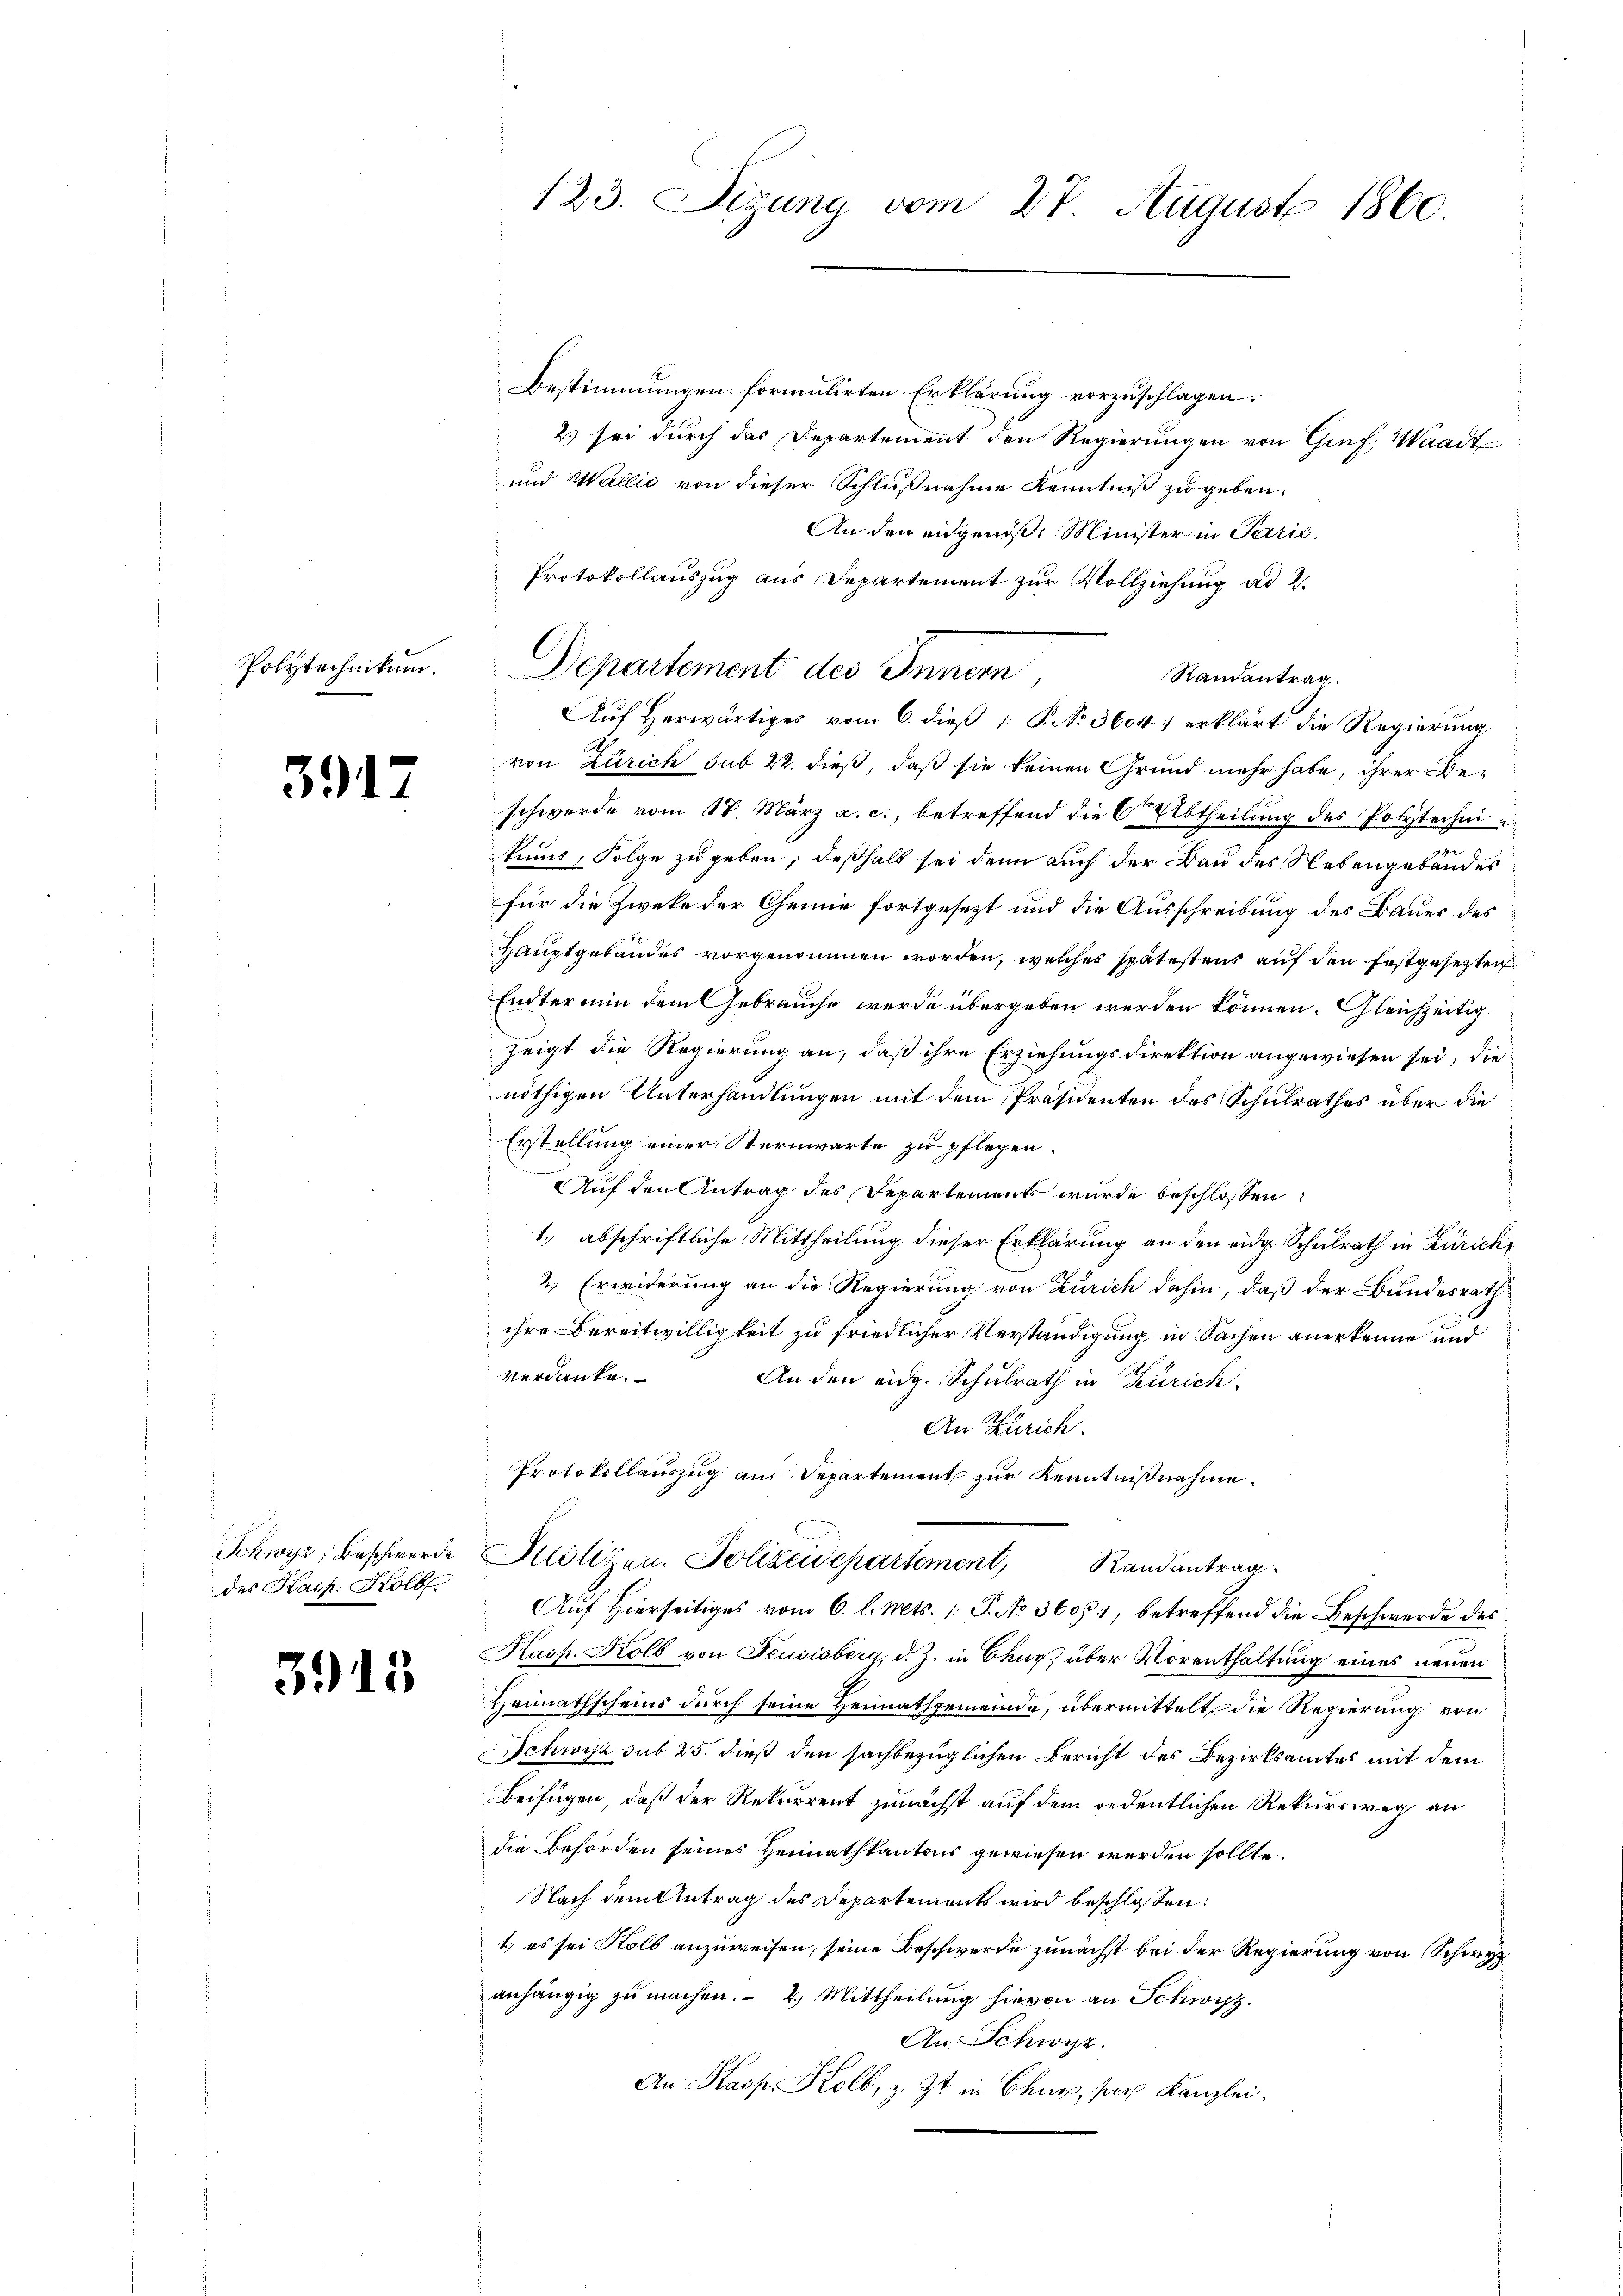
Polytechnikum.

3917

Schwyz, Beschwerde
des Kasp. Kolb.

3913

123. Sizung vom 27 August 1860.

Bestimmungen formulirten Erklärung vorzuschlagen.
2) sei durch das Departement den Regierungen von Genf, Waadt
und Wallić von dieser Schlußnahme Kenntniß zu geben,
An den eidgenöß, Minister in Parić,
Protokollauszug aus Departement zur Vollziehung ad 2.
Departement des Innern,
Randantrag.
Auf Herwärtiges vom 6. dieß P. No 3604; erklärt die Regierung,
von Zürich sub 22. dieß, daß sie keinen Grund mehr habe, ihrer Deschwerde vom 17. März a. c., betreffend die Orte Abtheilung des Polytechni u.
tums, Folge zu geben, deßhalb sei denn auch der Bau des Nebengebäudes
für die Zweke der Chemie fortgesezt und die Ausschreibung des Bauer des
Hauptgebäudes vorgenommen worden, welches spätestens auf den festgesetzten
Endtermin dem Gebrauche werde übergeben werden können. Gleichzeitigzeigt die Regierung an, daß ihre Erziehungsdirektion angewiesen sei, die
nöthigen Unterhandlungen mit dem Präsidenten des Schulrathes über die
Erstellung einer Sternwarte zu pflegen.
Auf den Antrag des Departements wurde beschlossen
1., abschriftliche Mittheilung dieser Erklärung an den eidg Schulrath in Zürich
2.) Erwiderung an die Regierung von Zürich dahin, daß der Bundesrath
ihre Bereitwilligkeit zu friedlicher Verständigung in Sachen anerkenne und
verdante.
An den eidg. Schulrath in Zürich.
An Zürich.
Protokollauszug aus Departement zur Kenntnißnahme.
Justizen. Polizeidepartement, Randantrag
Auf hierseitiges vom 6. l. Mts. 1. P. No 36081, betreffend die Beschwerde des
Hasp. Kolb von Feusisberg, d. J. in Chur, über Vorenthaltung eines neuen
Heimathscheins durch seine Heimathgemeinde, übermittelt die Regierung von
Schwisz sub 25. dieß den sachbezüglichen Bericht des Bezirksamtes mit dem
Beifügen, daß der Rekurrent zunächst auf dem ordentlichen Rekursweg an
die Behörden seines Heimathkantons gewiesen werden sollte.
Nach dem Antrag des Departements wird beschlossen:
t es sei Kolb anzuweisen, seine Beschwerde zunächst bei der Regierung von Schwyz
anhängig zu machen. - 4. Mittheilung hievon an Schwyz.
An Schwyz.
An Kasp. Kolb, z. Zt. in Chur, per Kanzlei.